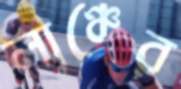
লাঞ্চের